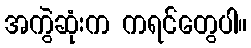
အကွဲဆုံးက ကရင်တွေပါ။